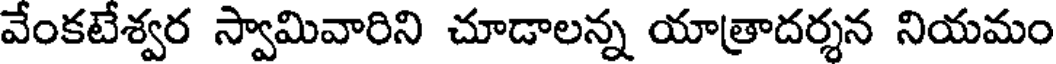
వేంకటేశ్వర స్వామివారిని చూడాలన్న యాత్రాదర్శన నియమం